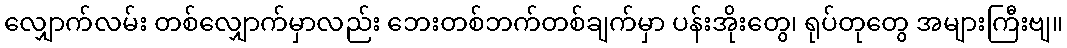
လျှောက်လမ်း တစ်လျှောက်မှာလည်း ဘေးတစ်ဘက်တစ်ချက်မှာ ပန်းအိုးတွေ၊ ရုပ်တုတွေ အများကြီးဗျ။